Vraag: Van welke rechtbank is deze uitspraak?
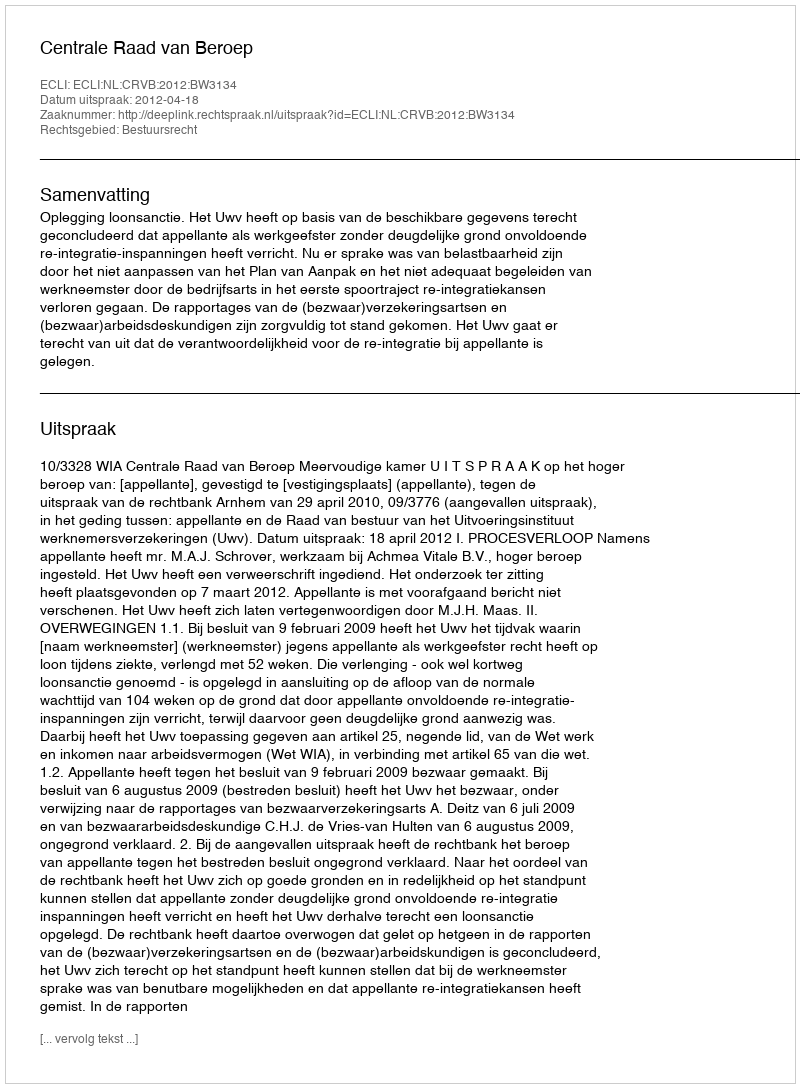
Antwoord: Centrale Raad van Beroep